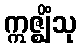
ဣဇ္ဈိံသု